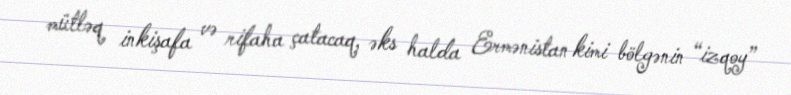
mütləq inkişafa və rifaha çatacaq, əks halda Ermənistan kimi bölgənin “izqoy”